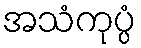
အသံကုပ္ပံ